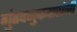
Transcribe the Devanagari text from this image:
गुंतवणुकदारांनी